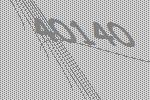
40140